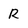
Character: R